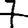
Digit: 7